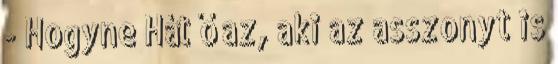
- Hogyne Hát ő az, aki az asszonyt is